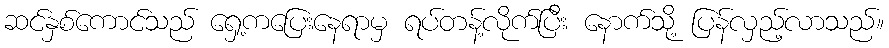
ဆင်နှစ်ကောင်သည် ရှေ့ကပြေးနေရာမှ ရပ်တန့်လိုက်ပြီး နောက်သို့ ပြန်လှည့်လာသည်။